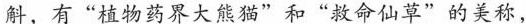
斛，有”植物药界大熊猫”和”救命仙草”的美称，